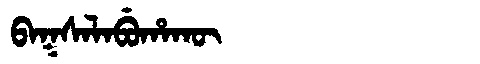
Manchu: ᠪᠠᡴᠰᠠᠯᠠᠪᡠᡥᠠᡴᡡ
Romanization: BAKSALABUHAKŪ